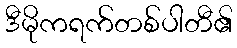
ဒီမိုကရက်တစ်ပါတီ၏